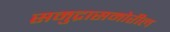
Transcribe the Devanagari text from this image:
समुद्रासमोरील